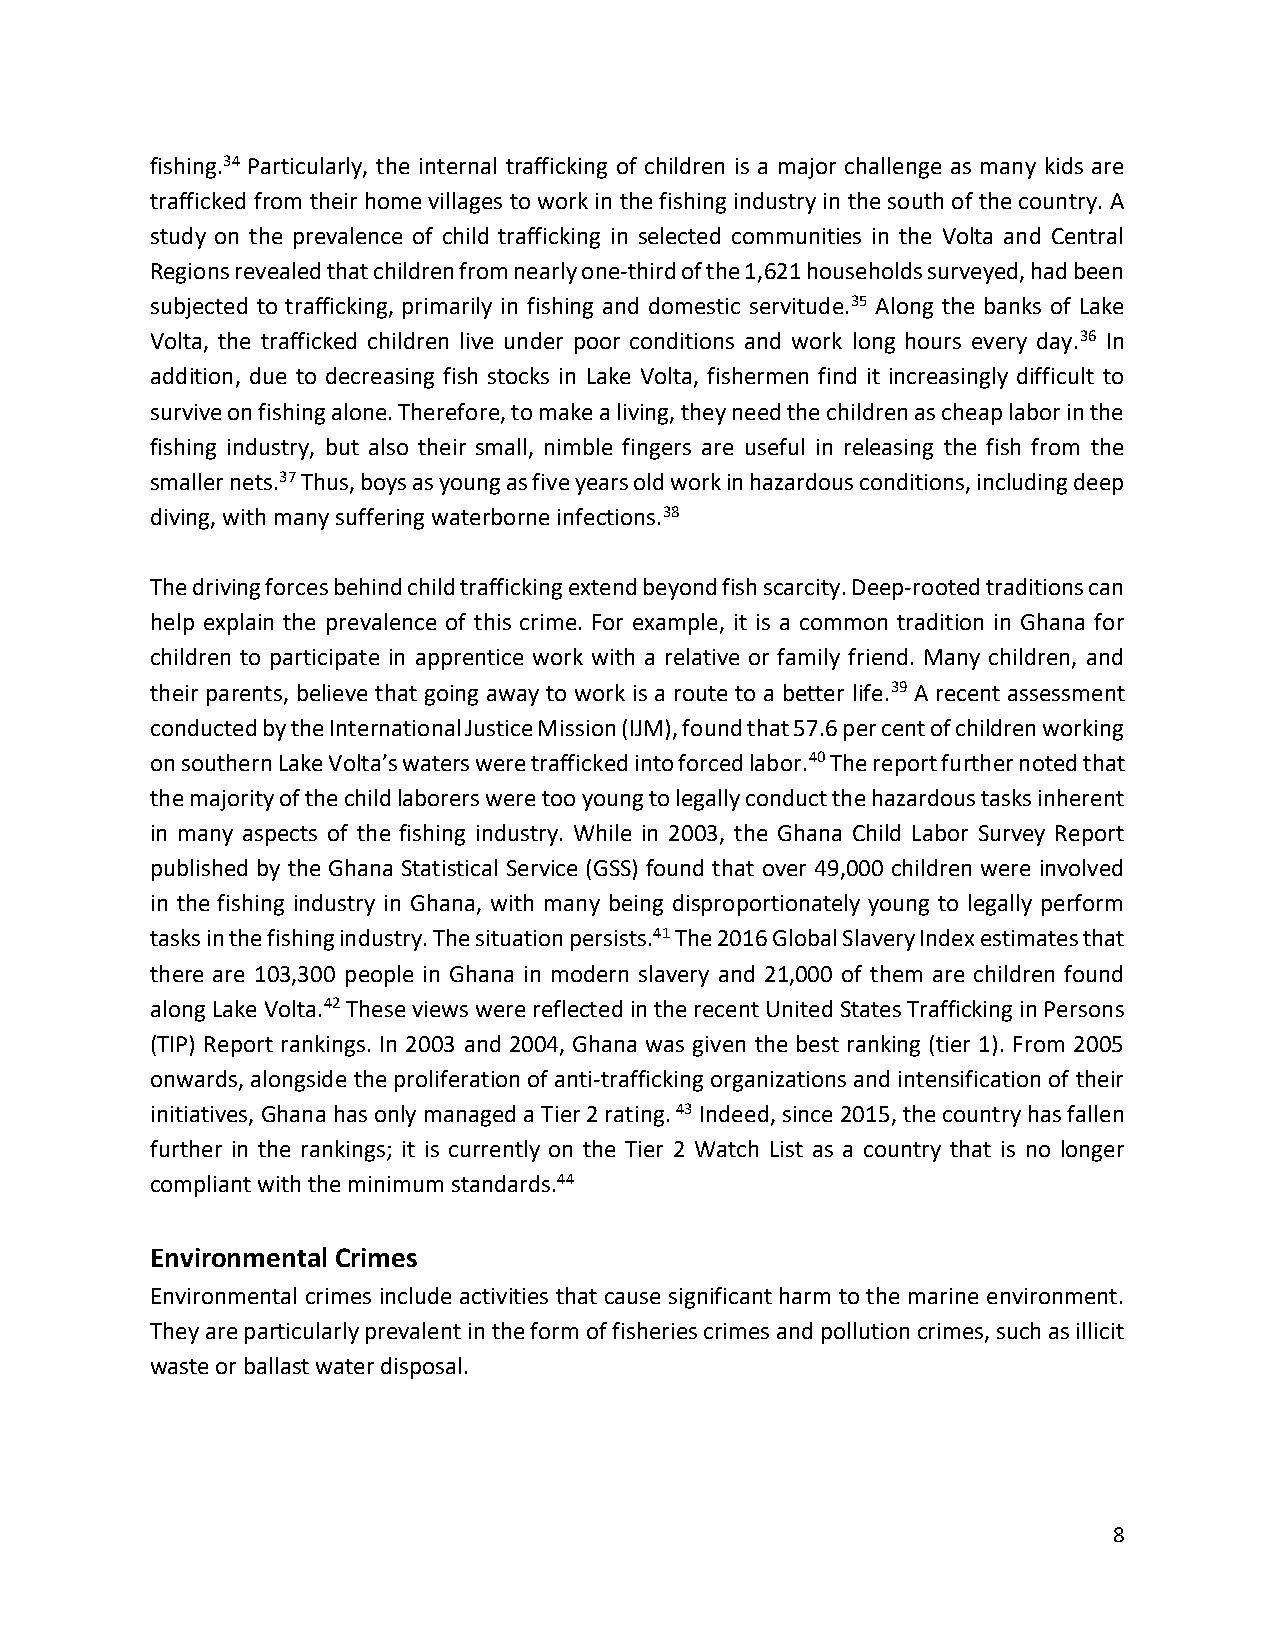
fishing.34 Particularly, the internal trafficking of children is a major challenge as many kids are
 trafficked from their home villages to work in the fishing industry in the south of the country. A
 study on the prevalence of child trafficking in selected communities in the Volta and Central
 Regions revealed that children from nearly one-third of the 1,621 households surveyed, had been
 subjected to trafficking, primarily in fishing and domestic servitude.35 Along the banks of Lake
 Volta, the trafficked children live under poor conditions and work long hours every day.36 In
 addition, due to decreasing fish stocks in Lake Volta, fishermen find it increasingly difficult to
 survive on fishing alone. Therefore, to make a living, they need the children as cheap labor in the
 fishing industry, but also their small, nimble fingers are useful in releasing the fish from the
 smaller nets.37 Thus, boys as young as five years old work in hazardous conditions, including deep
 diving, with many suffering waterborne infections.38
 The driving forces behind child trafficking extend beyond fish scarcity. Deep-rooted traditions can
 help explain the prevalence of this crime. For example, it is a common tradition in Ghana for
 children to participate in apprentice work with a relative or family friend. Many children, and
 their parents, believe that going away to work is a route to a better life.39 A recent assessment
 conducted by the International Justice Mission (IJM), found that 57.6 per cent of children working
 on southern Lake Volta’s waters were trafficked into forced labor.40 The report further noted that
 the majority of the child laborers were too young to legally conduct the hazardous tasks inherent
 in many aspects of the fishing industry. While in 2003, the Ghana Child Labor Survey Report
 published by the Ghana Statistical Service (GSS) found that over 49,000 children were involved
 in the fishing industry in Ghana, with many being disproportionately young to legally perform
 tasks in the fishing industry. The situation persists.41 The 2016 Global Slavery Index estimates that
 there are 103,300 people in Ghana in modern slavery and 21,000 of them are children found
 along Lake Volta.42 These views were reflected in the recent United States Trafficking in Persons
 (TIP) Report rankings. In 2003 and 2004, Ghana was given the best ranking (tier 1). From 2005
 onwards, alongside the proliferation of anti-trafficking organizations and intensification of their
 initiatives, Ghana has only managed a Tier 2 rating. 43 Indeed, since 2015, the country has fallen
 further in the rankings; it is currently on the Tier 2 Watch List as a country that is no longer
 compliant with the minimum standards.44
 Environmental Crimes
 Environmental crimes include activities that cause significant harm to the marine environment.
 They are particularly prevalent in the form of fisheries crimes and pollution crimes, such as illicit
 waste or ballast water disposal.
 8